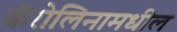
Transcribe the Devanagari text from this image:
कॅरोलिनामधील